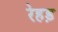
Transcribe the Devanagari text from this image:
रेहड़